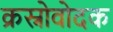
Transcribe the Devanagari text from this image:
क्रस्नोवोदक